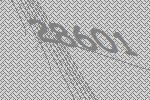
28601